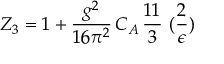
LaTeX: Z _ { 3 } = 1 + \frac { g ^ { 2 } } { 1 6 \pi ^ { 2 } } \, C _ { A } \, \frac { 1 1 } { 3 } \, \, ( \frac { 2 } { \epsilon } )